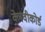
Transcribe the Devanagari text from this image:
क्लेवीकोर्ड